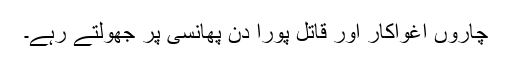
چاروں اغواکار اور قاتل پورا دن پھانسی پر جھولتے رہے۔